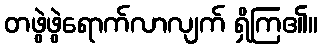
တဖွဲဖွဲရောက်လာလျက် ရှိကြ၏။